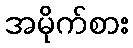
အမိုက်စား